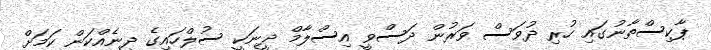
ޕާކިސްތާނުގައި ހުރި ދުވަސް ވަރުން ދަސްވީ އިސްލާމް ދީނަކީ ސުލްހައިގެ ދީނެއްކަން ކަމަށް